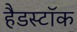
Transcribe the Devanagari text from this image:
हैडस्टॉक